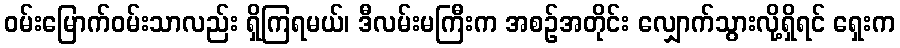
ဝမ်းမြောက်ဝမ်းသာလည်း ရှိကြရမယ်၊ ဒီလမ်းမကြီးက အစဉ်အတိုင်း လျှောက်သွားလို့ရှိရင် ရှေးက